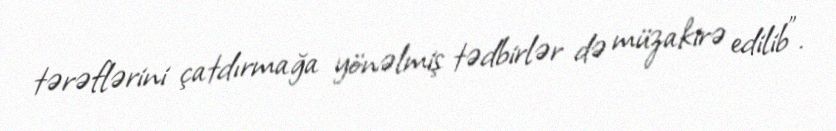
tərəflərini çatdırmağa yönəlmiş tədbirlər də müzakirə edilib".